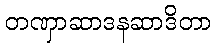
တဏှာဆာဒနဆာဒိတာ